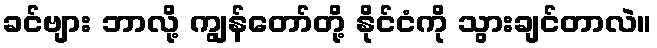
ခင်ဗျား ဘာလို့ ကျွန်တော်တို့ နိုင်ငံကို သွားချင်တာလဲ။